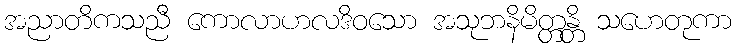
အညာတိကသညီ ကောလာဟလဒိဝသော အသုဘနိမိတ္တန္တိ သဟေတုကာ